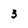
Character: 3